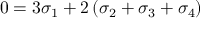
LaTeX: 0 = 3 \sigma _ { 1 } + 2 \left( \sigma _ { 2 } + \sigma _ { 3 } + \sigma _ { 4 } \right)